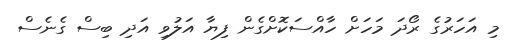
މި އަހަރުގެ ރޯދަ މަހަށް ހާއްސަކޮށްގެން ފިޔާ އަލުވި އަދި ބިސް ގެނެސް